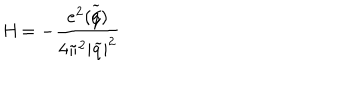
\textit { H } = - \frac { e ^ { 2 } ( \widetilde { q \hspace { - 0 . 2 c m } / } ) } { 4 \pi ^ { 2 } | \widetilde { q } | ^ { 2 } }